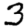
Digit: 3